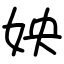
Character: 姎